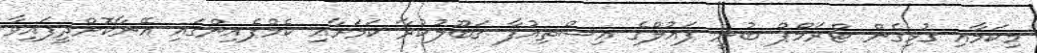
މިކަމާއި ގުޅިގެން ޓްރަމްޕް ބުނީ ޕައުލްގެ އިސްތިއުފާ ޤަބޫލުކުރާ ކަމަށާއި ކެމްޕެއިންގައި އޭނާކޮށްދީފައިވާ